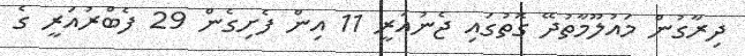
ދިރާގުން މައުލޫމާތުދޭ ގޮތުގައި ޖެނުއަރީ 11 އިން ފެށިގެން 29 ފެބްރުއަރީ ގެ